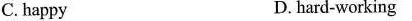
C.happy D.hard-working